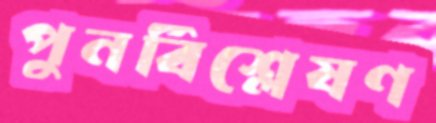
পুনর্বিশ্লেষণ